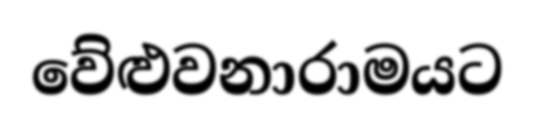
වේළුවනාරාමයට